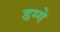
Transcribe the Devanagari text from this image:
डग्गे